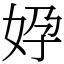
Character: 㚺